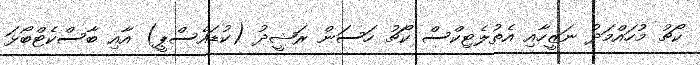
ކޯޗު މުހައްމަދު ނަޒީހާއި އެތުލެޓިކްސް ކޯޗު ހަސަން ރަޝީދު (ކުޑައެސްޕީ) އާއި ބާސްކެޓްބޯޅަ